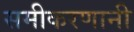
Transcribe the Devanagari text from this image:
समीकरणानी